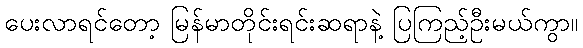
ပေးလာရင်တော့ မြန်မာတိုင်းရင်းဆရာနဲ့ ပြကြည့်ဦးမယ်ကွာ။